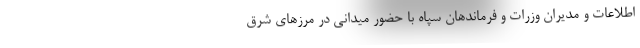
اطلاعات و مدیران وزرات و فرماندهان سپاه با حضور میدانی در مرزهای شرق